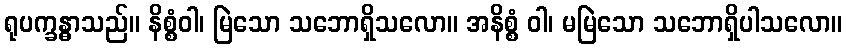
ရုပက္ခန္ဓာသည်။ နိစ္စံဝါ၊ မြဲသော သဘောရှိသလော။ အနိစ္စံ ဝါ၊ မမြဲသော သဘောရှိပါသလော။